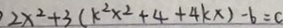
2 x ^ { 2 } + 3 ( k ^ { 2 } x ^ { 2 } + 4 + 4 k x ) - 6 = 0